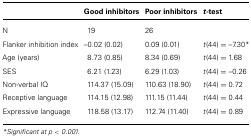
|  | Good inhibitors | Poor inhibitors | t-test |
 | --- | --- | --- | --- |
 | N | 19 | 26 |  |
 | Flanker inhibition index | –0.02 (0.02) | 0.09 (0.01) | t(44) = –7.30* |
 | Age (years) | 8.73 (0.85) | 8.34 (0.69) | t(44) = 1.68 |
 | SES | 6.21 (1.23) | 6.29 (1.03) | t(44) = –0.26 |
 | Non-verbal IQ | 114.37 (15.09) | 110.63 (18.90) | t(44) = 0.72 |
 | Receptive language | 114.15 (12.98) | 111.15 (11.44) | t(44) = 0.44 |
 | Expressive language | 118.58 (13.17) | 112.74 (11.40) | t(44) = 0.89 |